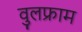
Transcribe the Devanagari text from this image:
वुलफ्राम